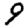
Digit: 9